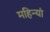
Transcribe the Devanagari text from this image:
महिन्यां